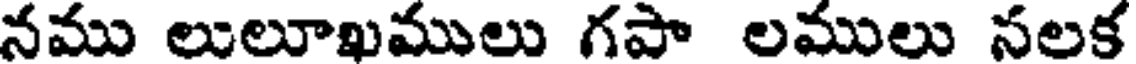
నము లులూఖములు గపా లములు నలక